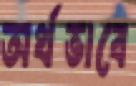
অর্থভাবে